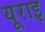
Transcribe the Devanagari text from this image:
यूराइ